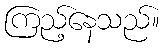
ကြည့်နေသည်။